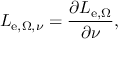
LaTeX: L _ { \mathrm { e } , \Omega , \nu } = { \frac { \partial L _ { \mathrm { e } , \Omega } } { \partial \nu } } ,